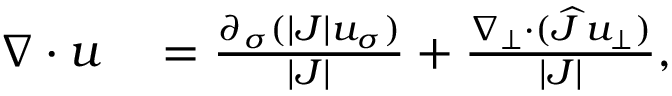
\begin{array} { r l } { \nabla \cdot { u } } & { { } = \frac { \partial _ { \sigma } ( | J | u _ { \sigma } ) } { | J | } + \frac { \nabla _ { \bot } \cdot ( \widehat { J } \, u _ { \bot } ) } { | J | } , } \end{array}